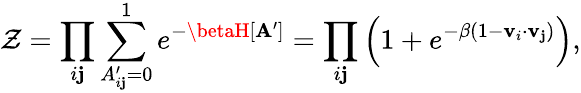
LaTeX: \mathcal{Z}=\prod_{i\mathbf{j}}\sum_{A_{i\mathbf{j}}^{\prime}=0}^{1}e^{-\betaH[\mathbf{{A^{\prime}}}]}=\prod_{i\mathbf{j}}\left(1+e^{-\beta(1-\mathbf{{v}}_{i}\cdot\mathbf{{v}}_{\mathbf{j}})}\right),